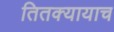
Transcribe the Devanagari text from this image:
तितक्यायाच